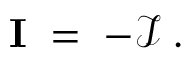
{ \mathbf I } \; = \; - { \mathcal I } \; .